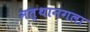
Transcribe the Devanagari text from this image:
नत्थानगला